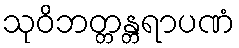
သုဝိဘတ္တန္တရာပဏံ